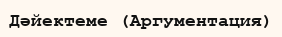
Дәйектеме (Аргументация)